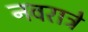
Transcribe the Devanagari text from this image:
नवरात्रे